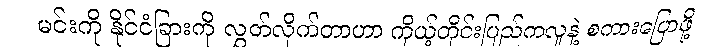
မင်းကို နိုင်ငံခြားကို လွှတ်လိုက်တာဟာ ကိုယ့်တိုင်းပြည်ကလူနဲ့ စကားပြောဖို့